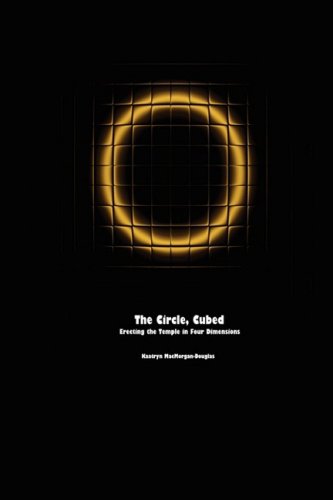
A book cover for The Circle, Cubed: Erecting the Temple in Four Dimensions; Kaatryn MacMorgan-Douglas; Mystery, Thriller & Suspense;